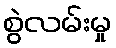
စွဲလမ်းမှု